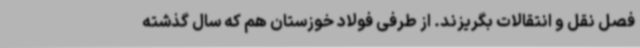
فصل نقل و انتقالات بگریزند. از طرفی فولاد خوزستان هم که سال گذشته